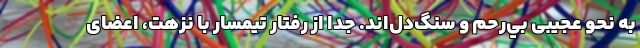
به نحو عجيبی بي‌رحم و سنگ‌دل‌‌اند. جدا از رفتار تيمسار با نزهت، اعضای